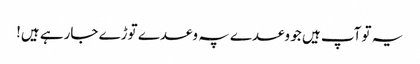
یہ تو آپ ہیں جو وعدے پہ وعدے توڑے جارہے ہیں!